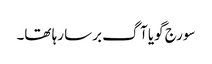
سورج گویا آگ برسا رہا تھا۔